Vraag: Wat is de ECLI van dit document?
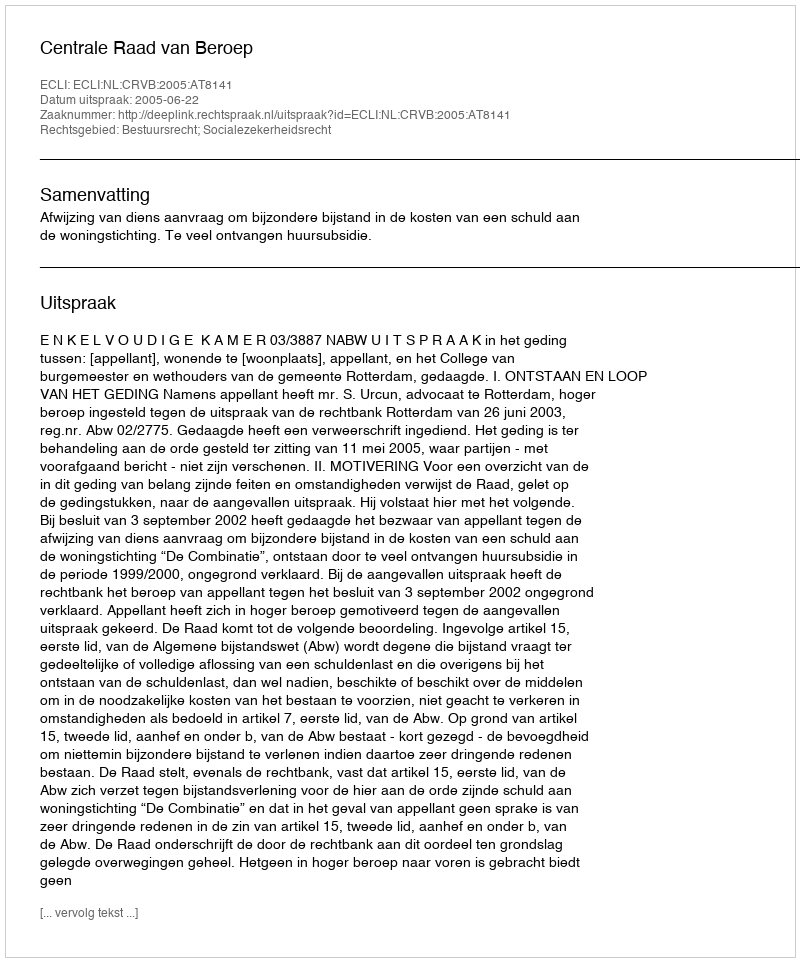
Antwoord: ECLI:NL:CRVB:2005:AT8141